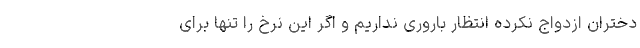
دختران ازدواج نکرده انتظار باروری نداریم و اگر این نرخ را تنها برای